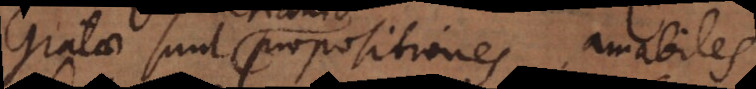
Gratae sunt propositiones, amabiles